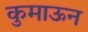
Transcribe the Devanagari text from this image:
कुमाऊन